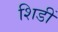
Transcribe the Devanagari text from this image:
शिडीं